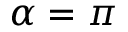
\alpha = \pi